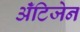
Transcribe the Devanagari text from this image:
ॲंटिजेन